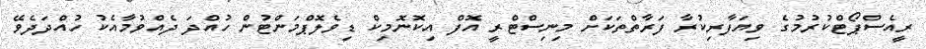
ރީއެސްޕޯޓްކުރުމުގެ ވިޔަފާރިކުރާ ފަރާތްތަކަށް މިނިސްޓްރީ އޮފް އިކޮނޮމިކް ޑިވެލޮޕްމަންޓުން ހުއްދަ ދެއްވުމާއެކު ހުއްދަދެވޭ